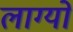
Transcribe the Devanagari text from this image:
लाग्यो